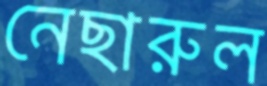
নেছারুল